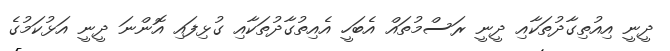
ދީނީ އިއުތިގާދުތަކާއި ދީނީ ރަސްމުތައް އެބަހީ އެއިތުގާދުތަކާއި ގުޅިފައި އޮންނަ ދީނީ އަޅުކަމުގެ